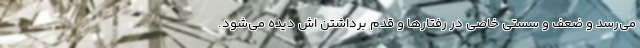
می‌رسد و ضعف و سستی خاصی در رفتارها و قدم برداشتن اش دیده می‌شود.